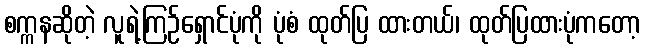
စက္ကနဆိုတဲ့ လူရဲ့ကြဉ်ရှောင်ပုံကို ပုံစံ ထုတ်ပြ ထားတယ်၊ ထုတ်ပြထားပုံကတော့